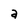
Character: a